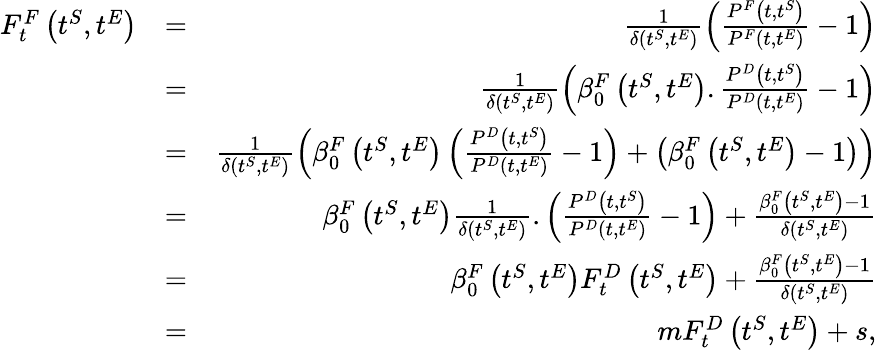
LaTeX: \begin{array}{rlr}{F_{t}^{F}\left(t^{S},t^{E}\right)}&{=}&{\frac{1}{\delta(t^{S},t^{E})}\left(\frac{P^{F}\left(t,t^{S}\right)}{P^{F}\left(t,t^{E}\right)}-1\right)}\\ &{=}&{\frac{1}{\delta(t^{S},t^{E})}\left(\beta_{0}^{F}\left(t^{S},t^{E}\right).\frac{P^{D}\left(t,t^{S}\right)}{P^{D}\left(t,t^{E}\right)}-1\right)}\\ &{=}&{\frac{1}{\delta(t^{S},t^{E})}\left(\beta_{0}^{F}\left(t^{S},t^{E}\right)\left(\frac{P^{D}\left(t,t^{S}\right)}{P^{D}\left(t,t^{E}\right)}-1\right)+\left(\beta_{0}^{F}\left(t^{S},t^{E}\right)-1\right)\right)}\\ &{=}&{\beta_{0}^{F}\left(t^{S},t^{E}\right)\frac{1}{\delta(t^{S},t^{E})}.\left(\frac{P^{D}\left(t,t^{S}\right)}{P^{D}\left(t,t^{E}\right)}-1\right)+\frac{\beta_{0}^{F}\left(t^{S},t^{E}\right)-1}{\delta(t^{S},t^{E})}}\\ &{=}&{\beta_{0}^{F}\left(t^{S},t^{E}\right)F_{t}^{D}\left(t^{S},t^{E}\right)+\frac{\beta_{0}^{F}\left(t^{S},t^{E}\right)-1}{\delta(t^{S},t^{E})}}\\ &{=}&{mF_{t}^{D}\left(t^{S},t^{E}\right)+s,}\end{array}